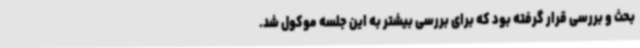
بحث و بررسی قرار گرفته بود که برای بررسی بیشتر به این جلسه موکول شد.